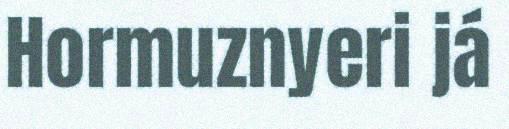
Hormuznyeri já